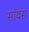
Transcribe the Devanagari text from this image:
सांयस